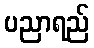
ပညာရည်